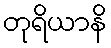
တုရိယာနိ